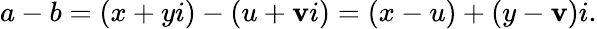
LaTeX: a-b=(x+yi)-(u+\mathbf{v}i)=(x-u)+(y-\mathbf{v})i.